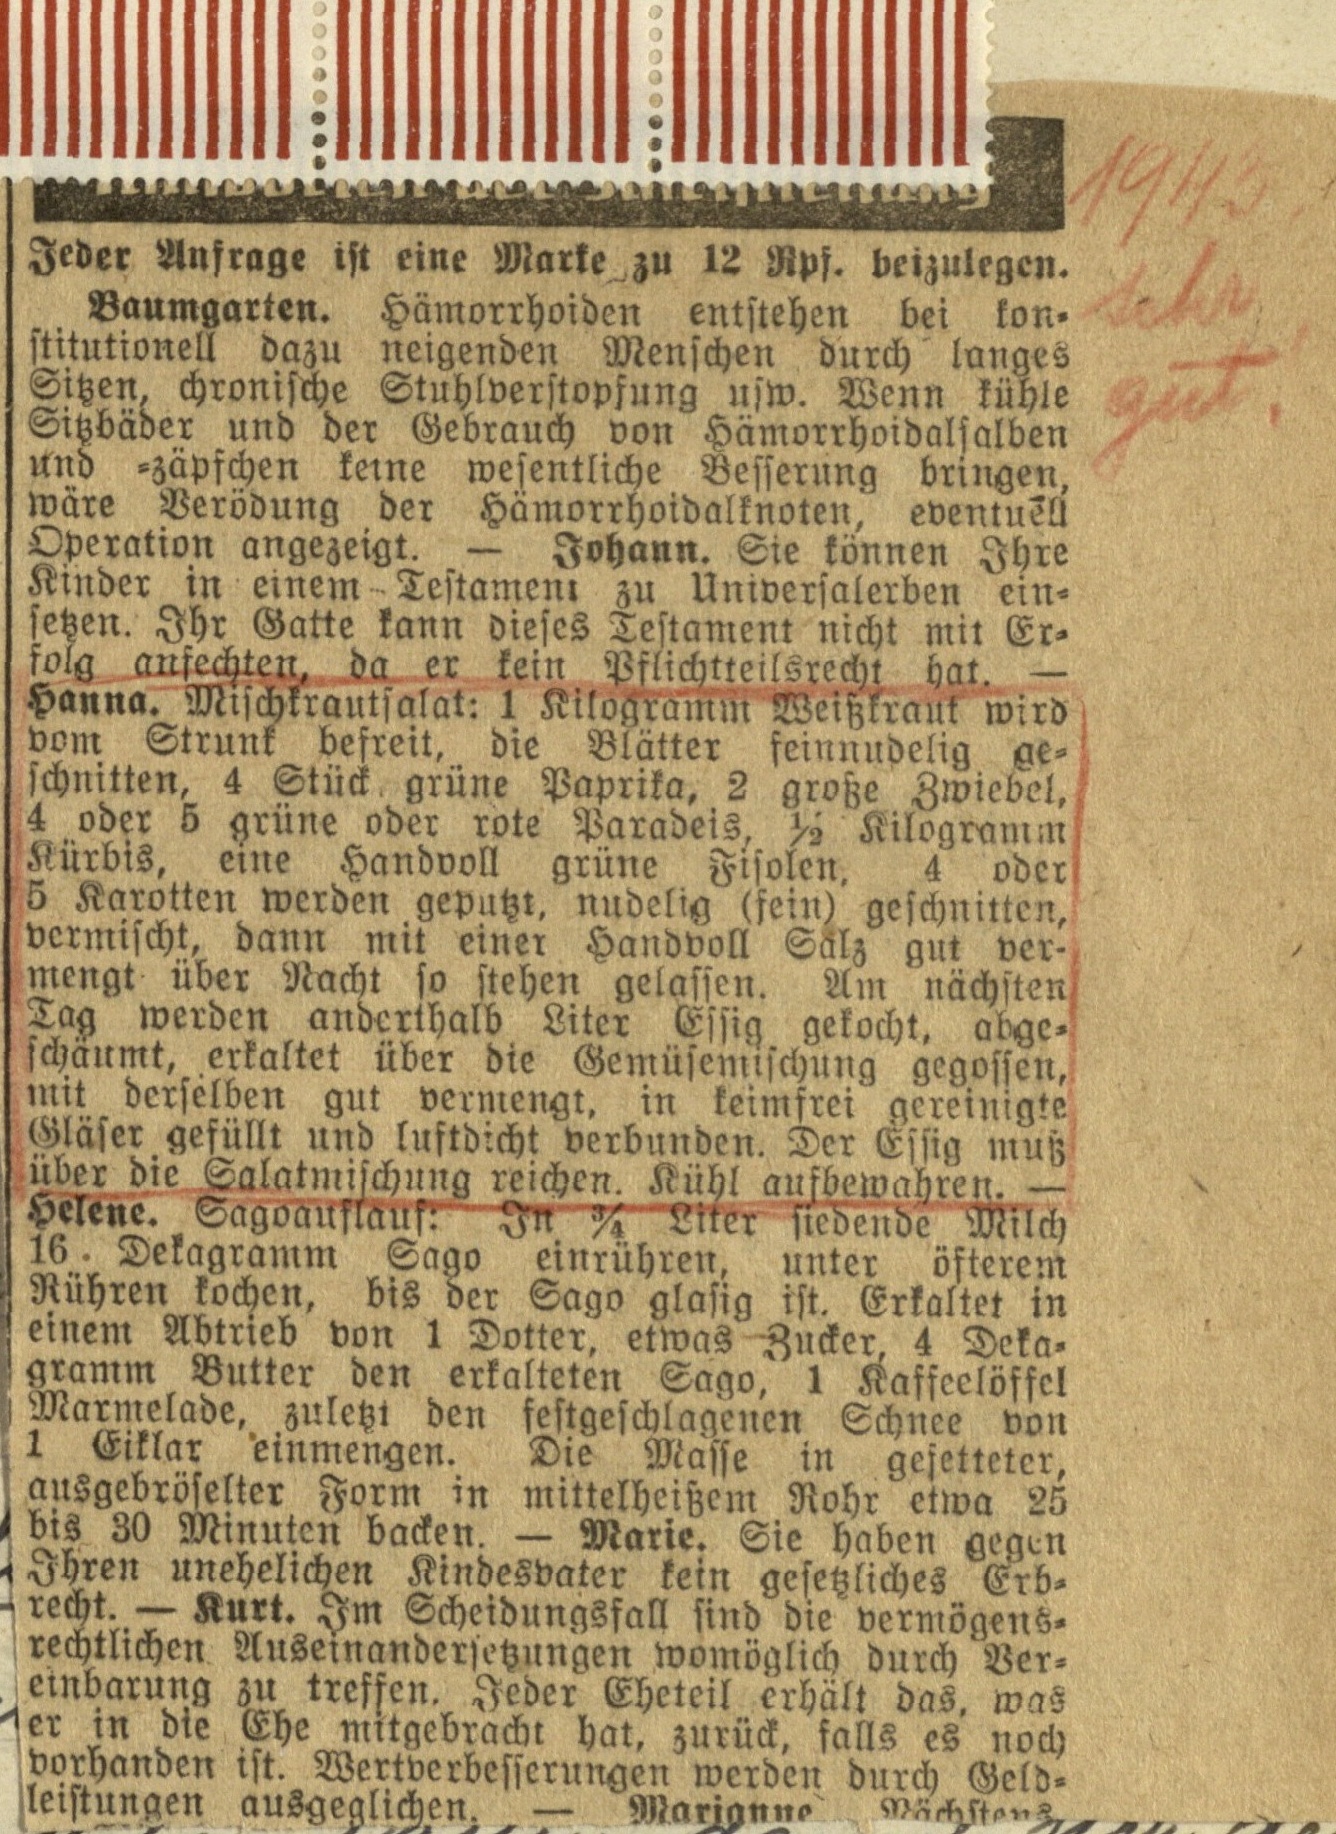
Jeder Anfrage ist eine Marke zu 12 Rpf. beizulegen.

Baumgarten. Hämorrhoiden entstehen bei kon¬
stitutionell dazu neigenden Menschen durch langes
Sitzen, chronische Stuhlverstopfung usw. Wenn kühle
Sitzbäder und der Gebrauch von Hämorrhoidalsalben
und -Zäpfchen keine wesentliche Besserung bringen,
wäre Verödung der Hämorrhoidalknoten, eventuell
Operation angezeigt. — Johann. Sie können Ihre
Kinder in einem Testament zu Universalerben ein-
setzen. Ihr Gatte kann dieses Testament nicht mit Er¬
folg anfechten, da er kein Pflichtteilsrecht hat. —

Hanna. Mischkrautsalat: 1 Kilogramm Weißkraut wird

4 oder 5 grüne oder rote Paradeis, ½ Kilogramm
Kürbis, eine Handvoll grüne Fisolen, 4 oder

vermischt, dann mit einer Handvoll Salz gut ver-

Tag werden anderthalb Liter Essig gekocht. abge-
schäumt, erkaltet über die Gemüsemischung gegossen,
mit derselben gut vermengt, in keimfrei gereinigte
Gläser gefüllt und luftdicht verbunden. Der Essig muß

über die Salatmischung reichen. Kühl aufbewahren. —

Helene. Sagoauflauf: In ¾ Liter siedende Milch

Marmelade, zuletzt den festgeschlagenen Schnee von
1 Eiklar einmengen. Die Masse in gefetteter,

ausgebröselter Form in mittelheißem Rohr etwa 25

recht. — Kurt. Im Scheidungsfall sind die vermögens-

einbarung zu treffen. Jeder Eheteil erhält das, was
er in die Ehe mittgebracht hat, zurück, falls es noch
vorhanden ist. Wertverbesserungen werden durch Geld¬
leistungen ausgeglichen. — Marianne